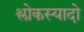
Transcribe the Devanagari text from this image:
श्लोकस्यादो